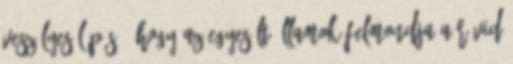
veszélyes lépés", hogy az Egyesült Államok felmondja a rövid